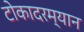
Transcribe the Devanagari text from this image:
टोकादरम्यान